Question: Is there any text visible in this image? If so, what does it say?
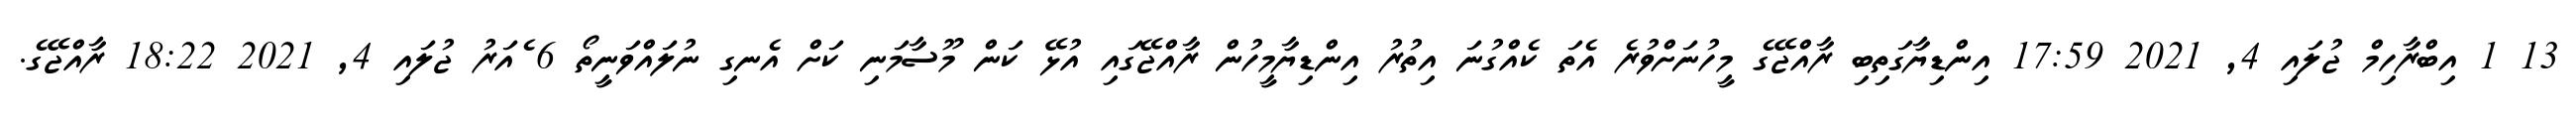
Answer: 13 1 އިބްރާހިމް ޖުލައި 4, 2021 17:59 އިންޑިޔާގަތިބި ރާއްޖޭގެ މީހުނަށްވުރެ އެތަ ކެއްގުނަ އިތުރު އިންޑިޔާމީހުން ރާއްޖޭގައި އުޅޭ ކަން މޫސާމަނި ކަށް އެނގި ނުލައްވަނީތޯ 6 ެއަރު ޖުލައި 4, 2021 18:22 ރާއްޖޭގެ.